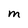
Character: m